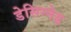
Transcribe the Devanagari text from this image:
डेसिग्नेड